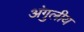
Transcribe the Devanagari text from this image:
अंगुलीय